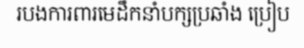
របងការពារមេដឹកនាំបក្សប្រឆាំង ប្រៀប